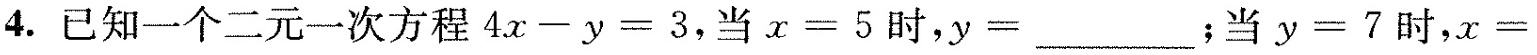
4.已知一个二元一次方程4x一y=3，当x=5时，y=___；当y=7时，x=